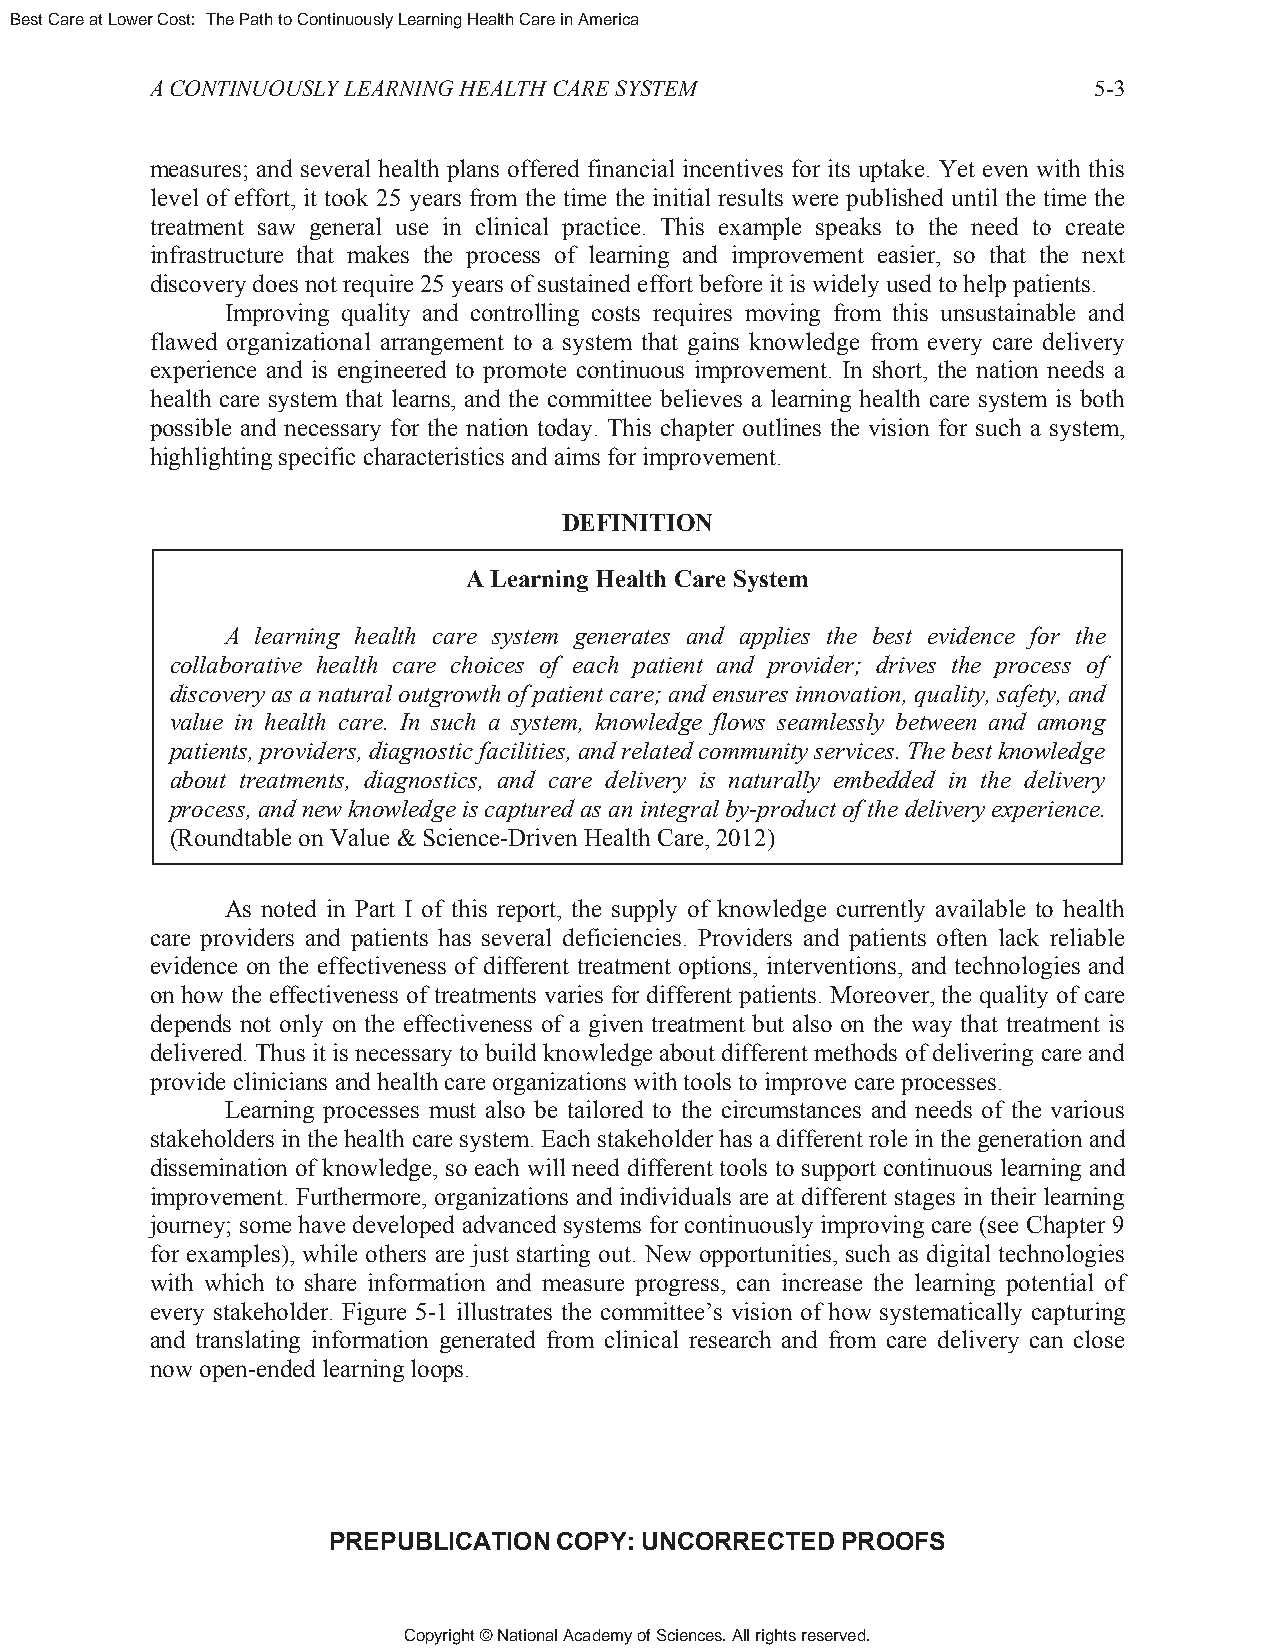
Best Care at Lower Cost: The Path to Continuously Learning Health Care in America
 A CONTINUOUSLY LEARNING HEALTH CARE SYSTEM                    5-3
 measures; and several health plans offered financial incentives for its uptake. Yet even with this
 level of effort, it took 25 years from the time the initial results were published until the time the
 treatment saw general use in clinical practice. This example speaks to the need to create
 infrastructure that makes the process of learning and improvement easier, so that the next
 discovery does not require 25 years of sustained effort before it is widely used to help patients.
 Improving quality and controlling costs requires moving from this unsustainable and
 flawed organizational arrangement to a system that gains knowledge from every care delivery
 experience and is engineered to promote continuous improvement. In short, the nation needs a
 health care system that learns, and the committee believes a learning health care system is both
 possible and necessary for the nation today. This chapter outlines the vision for such a system,
 highlighting specific characteristics and aims for improvement.
 DEFINITION
 A Learning Health Care System
 A learning health care system generates and applies the best evidence for the
 collaborative health care choices of each patient and provider; drives the process of
 discovery as a natural outgrowth of patient care; and ensures innovation, quality, safety, and
 value in health care. In such a system, knowledge flows seamlessly between and among
 patients, providers, diagnostic facilities, and related community services. The best knowledge
 about treatments, diagnostics, and care delivery is naturally embedded in the delivery
 process, and new knowledge is captured as an integral by-product of the delivery experience.
 (Roundtable on Value & Science-Driven Health Care, 2012)
 As noted in Part I of this report, the supply of knowledge currently available to health
 care providers and patients has several deficiencies. Providers and patients often lack reliable
 evidence on the effectiveness of different treatment options, interventions, and technologies and
 on how the effectiveness of treatments varies for different patients. Moreover, the quality of care
 depends not only on the effectiveness of a given treatment but also on the way that treatment is
 delivered. Thus it is necessary to build knowledge about different methods of delivering care and
 provide clinicians and health care organizations with tools to improve care processes.
 Learning processes must also be tailored to the circumstances and needs of the various
 stakeholders in the health care system. Each stakeholder has a different role in the generation and
 dissemination of knowledge, so each will need different tools to support continuous learning and
 improvement. Furthermore, organizations and individuals are at different stages in their learning
 journey; some have developed advanced systems for continuously improving care (see Chapter 9
 for examples), while others are just starting out. New opportunities, such as digital technologies
 with which to share information and measure progress, can increase the learning potential of
 every stakeholder. Figure 5-1 illustrates the committee’s vision of how systematically capturing
 and translating information generated from clinical research and from care delivery can close
 now open-ended learning loops.
 PREPUBLICATION COPY: UNCORRECTED  PROOFS
 Copyright © National Academy of Sciences. All rights reserved.